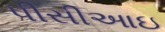
પીસીઆઇ